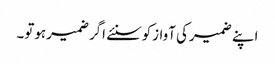
اپنے ضمیرکی آوازکوسنئے اگرضمیرہوتو۔